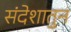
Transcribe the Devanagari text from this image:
संदेशातुन